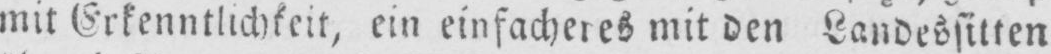
mit Erkenntlichkeit, ein einfacheres mit den Landessitten